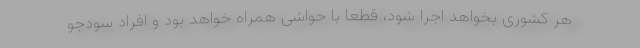
هر کشوری بخواهد اجرا شود، قطعا با حواشی همراه خواهد بود و افراد سودجو